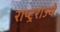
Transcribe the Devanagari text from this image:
राष्ट्रराज्ये